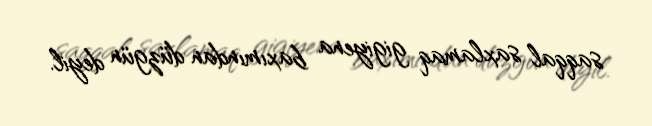
saqqal saxlamaq gigiyena baxımından düzgün deyil.